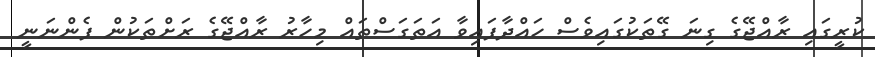
ކުރީގައި ރާއްޖޭގެ ގިނަ ގޭތަކުގައިވެސް ހައްދާފައިވާ އަތަގަސްތައް މިހާރު ރާއްޖޭގެ ރަށްތަކުން ފެންނަނީ